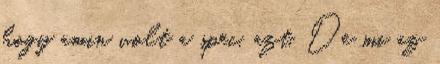
hogy amin volt a spec, azt. De mi az